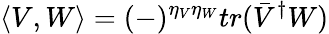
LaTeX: \left\langle V,W\right\rangle=(-)^{\eta_{V}\eta_{W}}tr(\bar{V}^{\dagger}W)